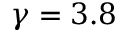
\gamma = 3 . 8